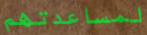
لمساعدتهم